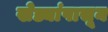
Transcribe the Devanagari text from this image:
खेड्यांपासून